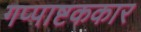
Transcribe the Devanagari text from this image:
गप्पाष्टककार